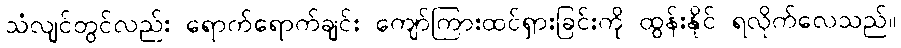
သံလျင်တွင်လည်း ရောက်ရောက်ချင်း ကျော်ကြားထင်ရှားခြင်းကို ထွန်းနိုင် ရလိုက်လေသည်။